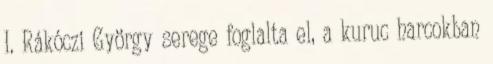
I. Rákóczi György serege foglalta el, a kuruc harcokban